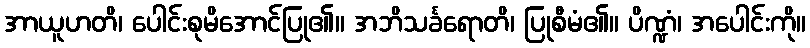
အာယူဟတိ၊ ပေါင်းစုမိအောင်ပြု၏။ အဘိသင်္ခရောတိ၊ ပြုစီမံ၏။ ပိဏ္ဍံ၊ အပေါင်းကို။